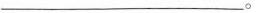
___。